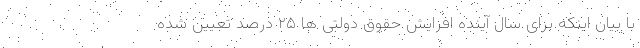
با بیان اینکه برای سال آینده افزایش حقوق دولتی ها ۲۵ درصد تعیین شده